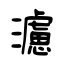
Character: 濾